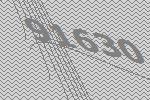
91630